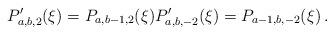
LaTeX: \begin{align*} P'_{a,b,2}(\xi)=P_{a,b-1,2}(\xi) P'_{a,b,-2}(\xi)=P_{a-1,b,-2}(\xi)\,.\end{align*}